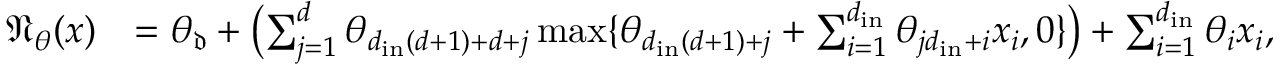
\begin{array} { r l } { \textstyle \mathfrak { N } _ { \theta } ( x ) } & { = \textstyle \theta _ { \mathfrak { d } } + \bigl ( \sum _ { j = 1 } ^ { d } \theta _ { d _ { \mathrm { i n } } ( d + 1 ) + d + j } \operatorname* { m a x } \{ \theta _ { d _ { \mathrm { i n } } ( d + 1 ) + j } + \sum _ { i = 1 } ^ { d _ { \mathrm { i n } } } \theta _ { j d _ { \mathrm { i n } } + i } x _ { i } , 0 \} \bigr ) + \sum _ { i = 1 } ^ { d _ { \mathrm { i n } } } \theta _ { i } x _ { i } , } \end{array}